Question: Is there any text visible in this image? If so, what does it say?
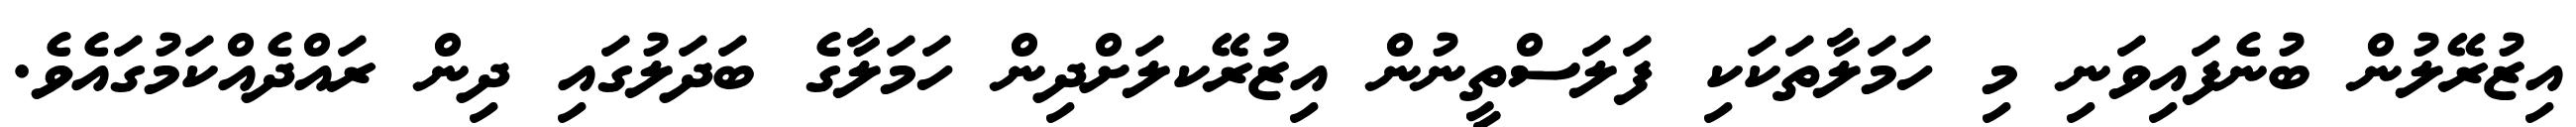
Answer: އިޒުރޭލުން ބުނެފައިވަނި މި ހަމަލާތަކަކި ފަލަސްތީނުން އިޒުރޭކލަށްދިން ހަމަލާގެ ބަދަލުގައި ދިން ރައްދެއްކަމުގައެވެ.